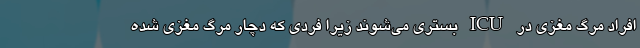
افراد مرگ مغزی در ICU بستری می‌شوند زیرا فردی که دچار مرگ مغزی شده